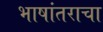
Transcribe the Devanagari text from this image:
भाषांतराचा